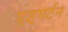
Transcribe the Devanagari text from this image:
एड्गर्टन